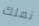
نملك